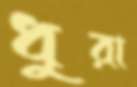
ধুরা